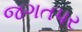
જગતપર